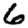
Digit: 6